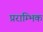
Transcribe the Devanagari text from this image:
प्रराम्भिक